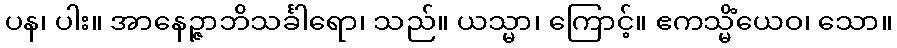
ပန၊ ပါး။ အာနေဉ္ဇာဘိသင်္ခါရော၊ သည်။ ယသ္မာ၊ ကြောင့်။ ဧကသ္မိံယေဝ၊ သော။